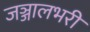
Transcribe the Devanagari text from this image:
जञ्जालभरी